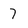
Character: 7